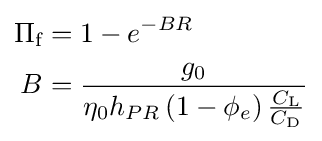
{\begin{aligned}\Pi _{\text{f}}&=1-e^{-BR}\\B&={\frac {g_{0}}{\eta _{0}h_{PR}\left(1-\phi _{e}\right){\frac {C_{\text{L}}}{C_{\text{D}}}}}}\end{aligned}}